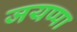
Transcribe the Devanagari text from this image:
जयप्पा